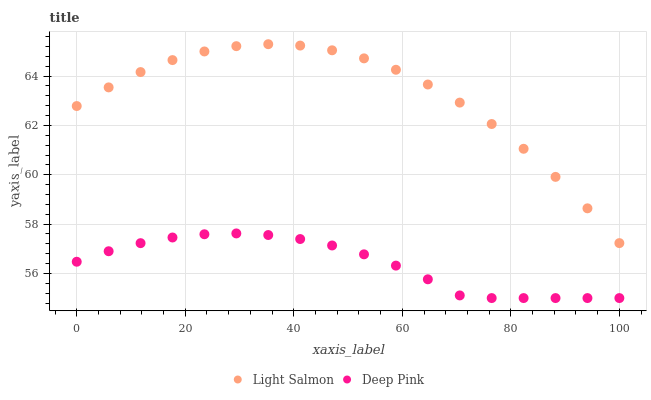
| xaxis_label | Light Salmon | Deep Pink |
 | --- | --- | --- |
 | 0 | 62.8 | 56.5 |
 | 5.88 | 63.5 | 56.9 |
 | 11.8 | 64.2 | 57.2 |
 | 17.6 | 64.6 | 57.5 |
 | 23.5 | 65 | 57.6 |
 | 29.4 | 65.2 | 57.6 |
 | 35.3 | 65.3 | 57.6 |
 | 41.2 | 65.2 | 57.4 |
 | 47.1 | 65 | 57.1 |
 | 52.9 | 64.7 | 56.8 |
 | 58.8 | 64.3 | 56.3 |
 | 64.7 | 63.7 | 55.8 |
 | 70.6 | 62.9 | 55.1 |
 | 76.5 | 62.1 | 55 |
 | 82.4 | 61.1 | 55 |
 | 88.2 | 59.9 | 55 |
 | 94.1 | 58.6 | 55 |
 | 100 | 57.2 | 55 |